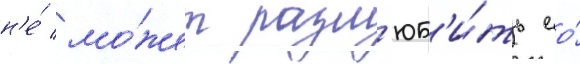
н'е́ мо́жет разл'юб'и́ть ео́